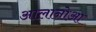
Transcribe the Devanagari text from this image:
आलानोआ